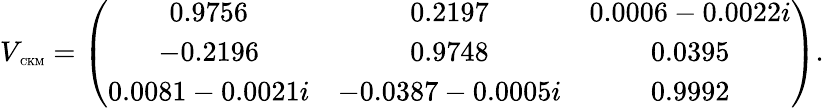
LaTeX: V_{\mathrm{\tiny~CKM}}=\left(\begin{array}{ccc}{{0.9756}}&{{0.2197}}&{{0.0006-0.0022i}}\\ {{-0.2196}}&{{0.9748}}&{{0.0395}}\\ {{0.0081-0.0021i}}&{{-0.0387-0.0005i}}&{{0.9992}}\end{array}\right).